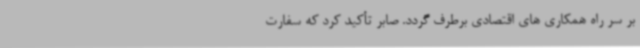
بر سر راه همکاری های اقتصادی برطرف گردد. صابر تأکید کرد که سفارت